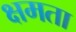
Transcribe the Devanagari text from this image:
क्षमता